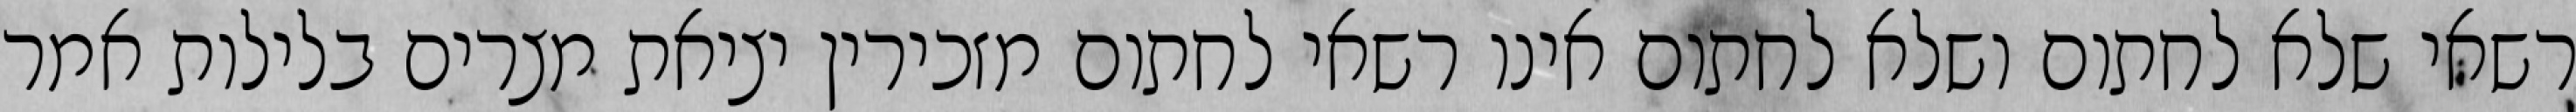
רשאי שלא לחתום ושלא לחתום אינו רשאי לחתום מזכירין יציאת מצרים בלילות אמר